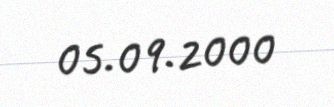
05.09.2000